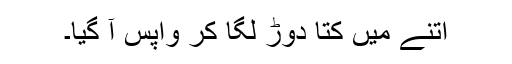
اتنے میں کتّا دوڑ لگا کر واپس آ گیا۔